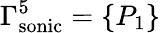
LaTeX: \Gamma_{\mathrm{{sonic}}}^{5}=\{ P_{1}\}